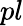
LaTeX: pl